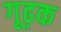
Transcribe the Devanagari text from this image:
गूढ़क